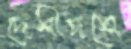
দেশীদশে